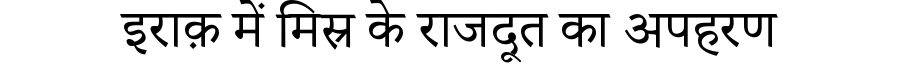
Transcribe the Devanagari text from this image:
इराक़ में मिस्र के राजदूत का अपहरण